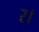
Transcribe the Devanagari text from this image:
र।